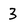
Character: 3